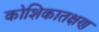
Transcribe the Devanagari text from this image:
कोशिकातक्षण